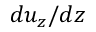
d u _ { z } / d z